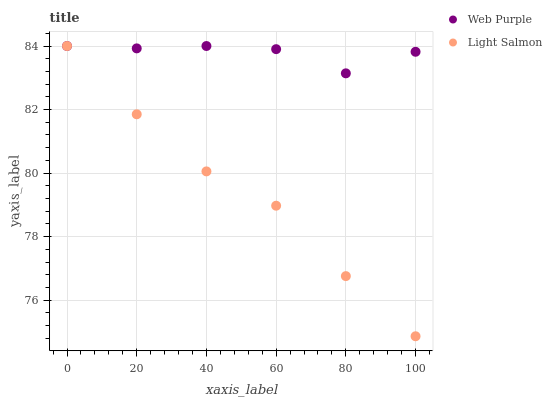
| xaxis_label | Web Purple | Light Salmon |
 | --- | --- | --- |
 | 0 | 84 | 84 |
 | 20 | 83.9 | 81.9 |
 | 40 | 84 | 80.1 |
 | 60 | 83.9 | 79 |
 | 80 | 83.1 | 76.8 |
 | 100 | 83.8 | 74.9 |